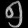
Digit: ၅